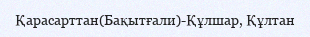
Қарасарттан(Бақытғали)-Құлшар, Құлтан